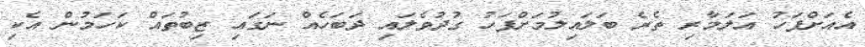
އެއަށްފަހު އަލަމާރި ތެރެ ބަލައިލުމަށްފަހު ގުދުވެލައި ދަބަހެއް ނަގައި ޒިބުތައް ކަހަމުން އެކި